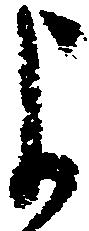
よ